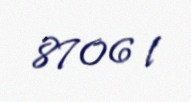
8706 l